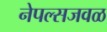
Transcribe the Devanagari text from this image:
नेपल्सजवळ